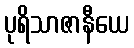
ပုရိသာဇာနီယေ